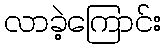
လာခဲ့ကြောင်း